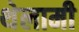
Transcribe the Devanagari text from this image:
थेलामी